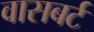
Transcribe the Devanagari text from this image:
वासबर्ट